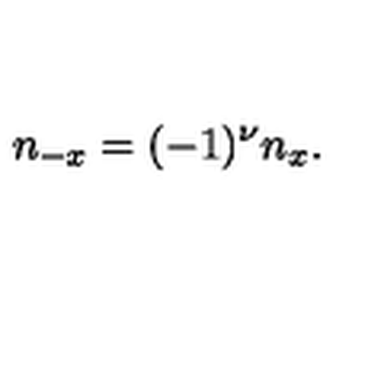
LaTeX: n _ { - x } = ( - 1 ) ^ { \nu } n _ { x } .